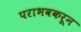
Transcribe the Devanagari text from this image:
पराभवकरून